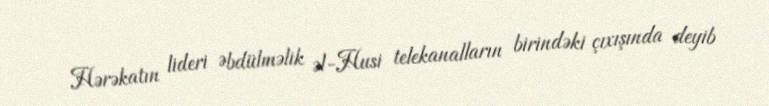
Hərəkatın lideri Əbdülməlik əl-Husi telekanalların birindəki çıxışında deyib